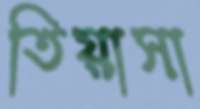
তিয়াসা